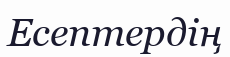
Есептердің